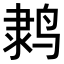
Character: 𬸗